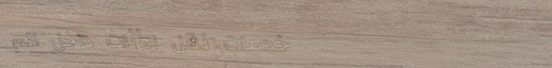
خدمات نقل الأثاث داخل الم